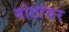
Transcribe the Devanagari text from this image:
बोटांवर